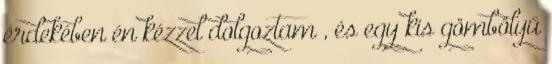
érdekében én kézzel dolgoztam , és egy kis gömbölyű